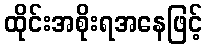
ထိုင်းအစိုးရအနေဖြင့်